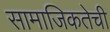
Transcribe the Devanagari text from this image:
सामाजिकतेची